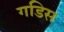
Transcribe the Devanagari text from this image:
गडिस